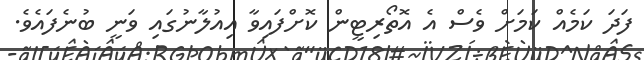
ފަދަ ކަމެއް ކަމަށް ވެސް އެ އޮތޯރިޓީން ކޮށްފައިވާ އިއުލާނުގައި ވަނީ ބުނެފައެވެ.